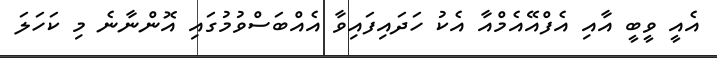
އެއީ ވީބީ އާއި އެފްއޭއެމްއާ އެކު ހަދައިފައިވާ އެއްބަސްވުމުގައި އޮންނާނެ މި ކަހަލަ